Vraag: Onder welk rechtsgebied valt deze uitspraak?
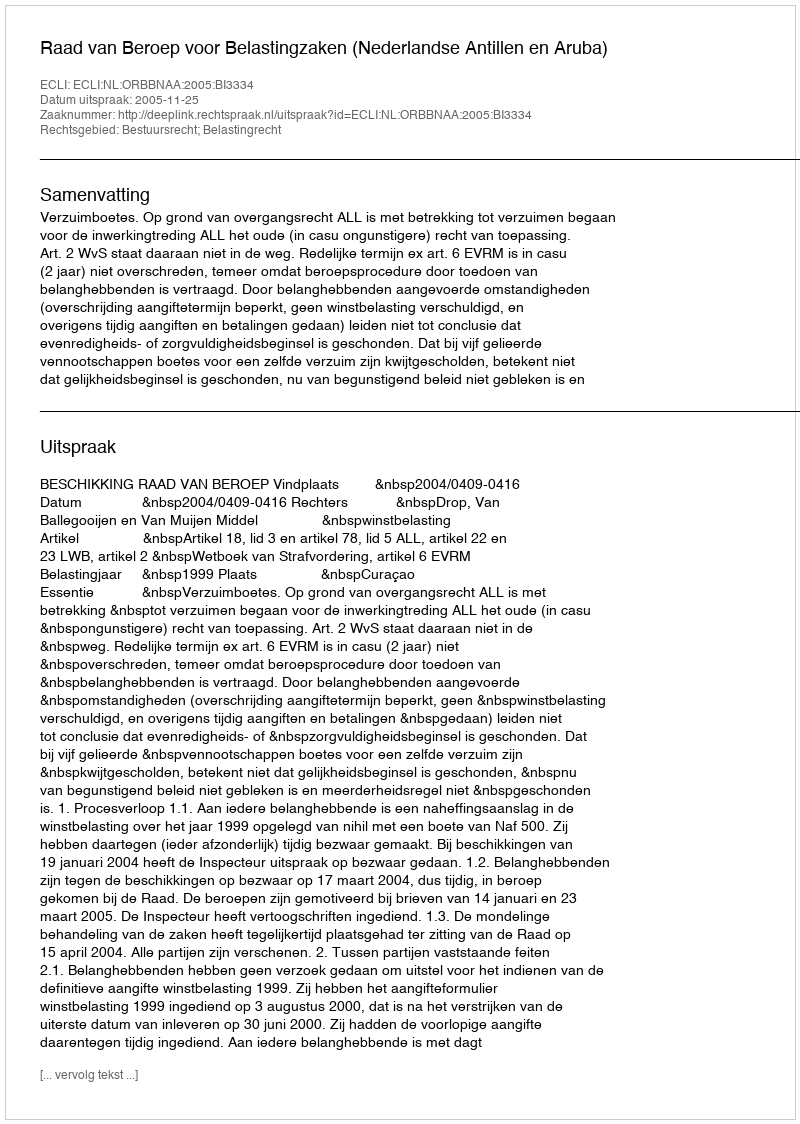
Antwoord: Bestuursrecht; Belastingrecht